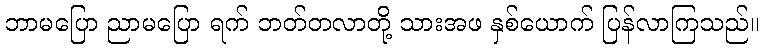
ဘာမပြော ညာမပြော ရက် ဘတ်တလာတို့ သားအဖ နှစ်ယောက် ပြန်လာကြသည်။